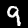
Digit: 9